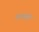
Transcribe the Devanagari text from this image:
अनक्रमे